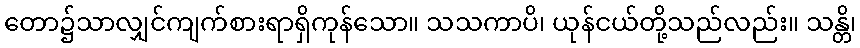
တော၌သာလျှင်ကျက်စားရာရှိကုန်သော။ သသကာပိ၊ ယုန်ငယ်တို့သည်လည်း။ သန္တိ၊